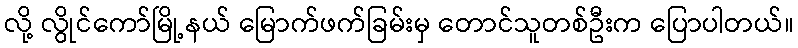
လို့ လွိုင်ကော်မြို့နယ် မြောက်ဖက်ခြမ်းမှ တောင်သူတစ်ဦးက ပြောပါတယ်။